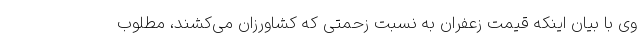
وی با بیان اینکه قیمت زعفران به نسبت زحمتی که کشاورزان می‌کشند، مطلوب